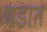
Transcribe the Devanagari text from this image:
घडात